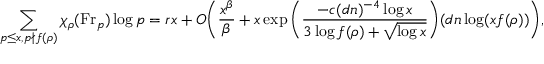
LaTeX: \sum _ { p \leq x , p \not \mid { \mathfrak { f } } ( \rho ) } \chi _ { \rho } ( { \mathrm { F r } } _ { p } ) \log p = r x + O { \biggl ( } { \frac { x ^ { \beta } } { \beta } } + x \exp { \biggl ( } { \frac { - c ( d n ) ^ { - 4 } \log x } { 3 \log { \mathfrak { f } } ( \rho ) + { \sqrt { \log x } } } } { \biggr ) } ( d n \log ( x { \mathfrak { f } } ( \rho ) ) { \biggr ) } ,